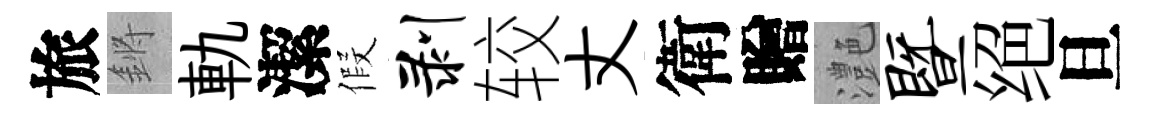
旅鏘軌潔假剥较丈衛贈灔暨绝旦